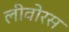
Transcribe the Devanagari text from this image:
लीवोरस